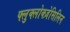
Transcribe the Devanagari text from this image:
फ्लुक्लोक्ज़ेसिलिन